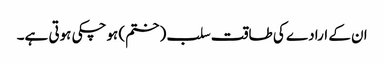
ان کے ارادے کی طاقت سلب (ختم) ہوچکی ہوتی ہے۔